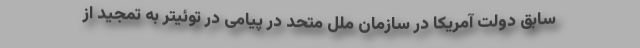
سابق دولت آمریکا در سازمان ملل متحد در پیامی در توئیتر به تمجید از